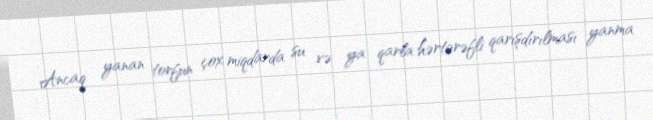
Ancaq yanan torfun çox miqdarda su və ya qarla hərtərəfli qarışdırılması yanma